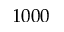
1 0 0 0